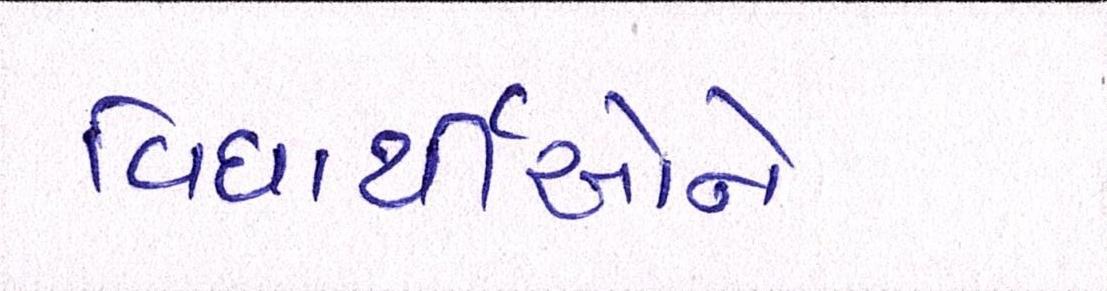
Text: વિધાર્થીઓને